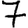
Digit: 7